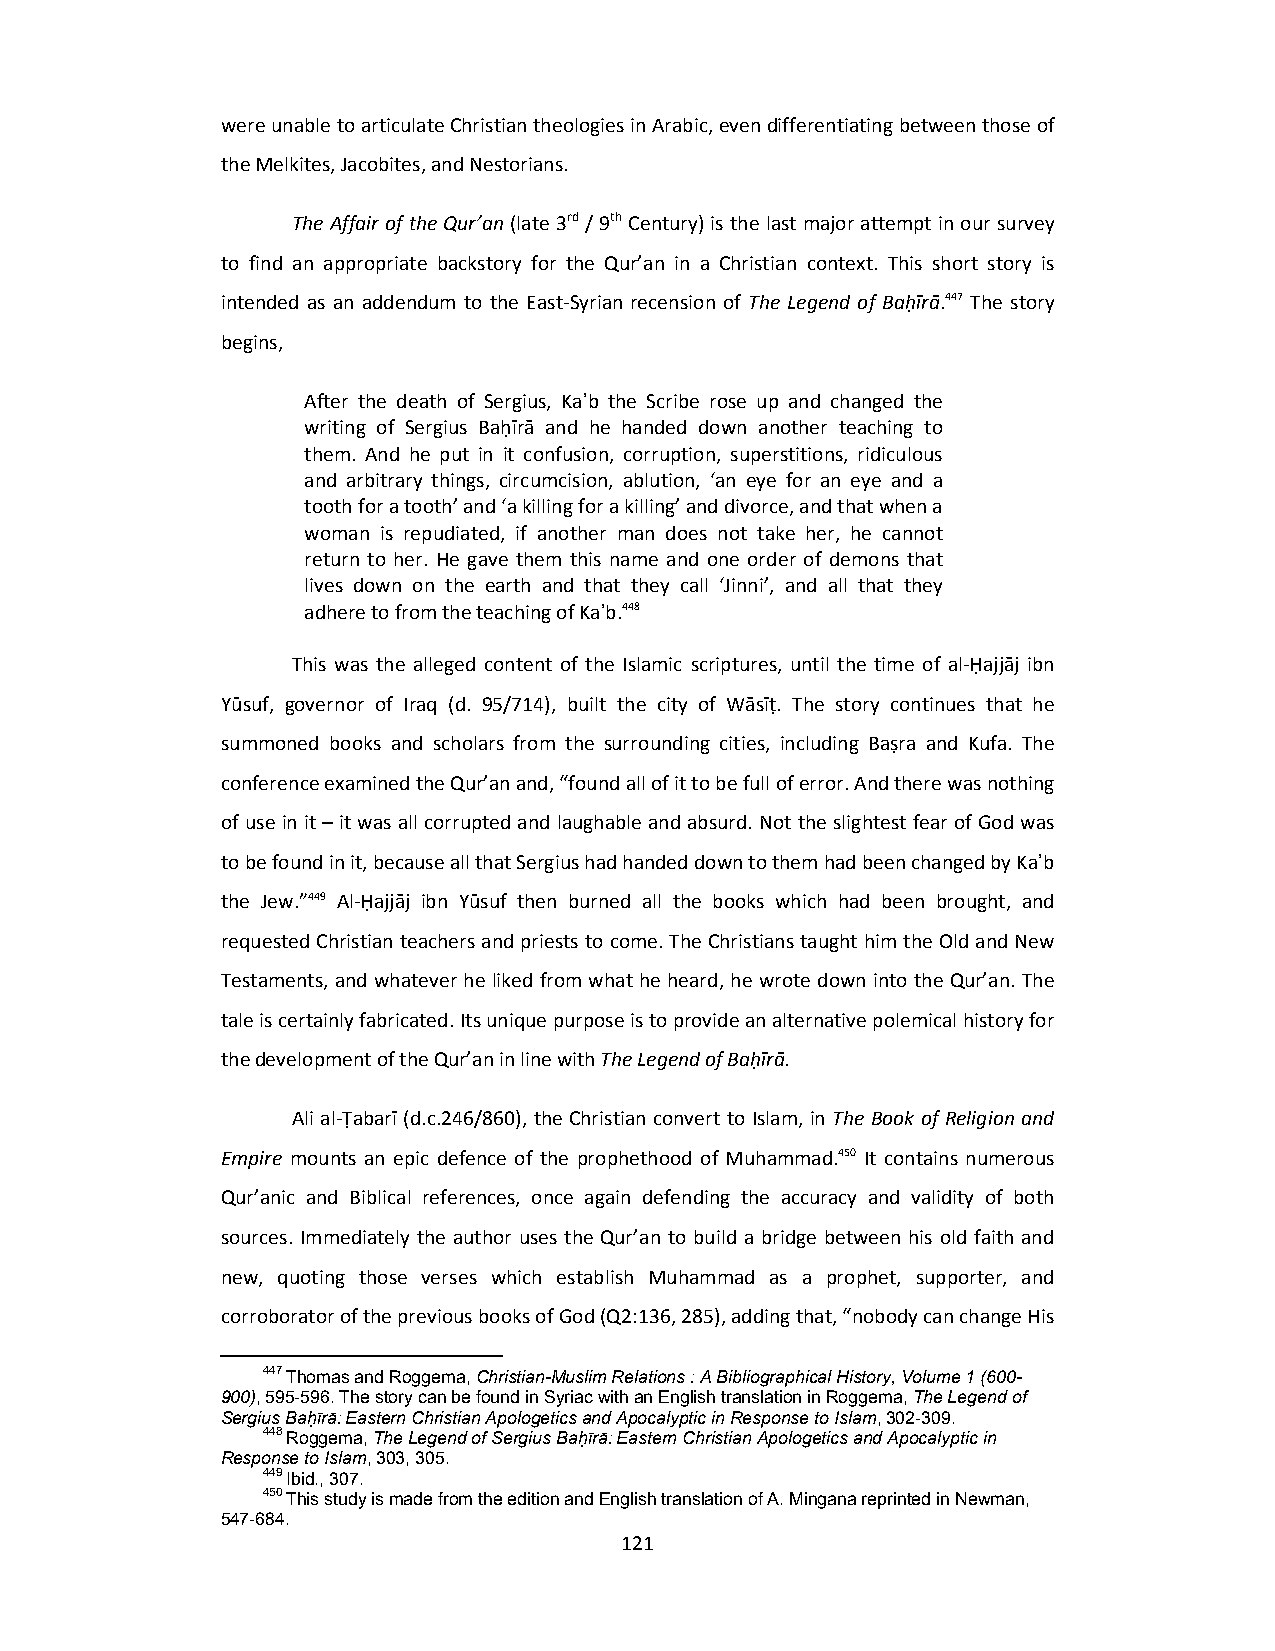
were unable to articulate Christian theologies in Arabic, even differentiating between those of
 the Melkites, Jacobites, and Nestorians.
 The Affair of the Qur’an (late 3rd / 9th Century) is the last major attempt in our survey
 to find an appropriate backstory for the Qur’an in a Christian context. This short story is
 intended as an addendum to the East‐Syrian recension of The Legend of Baḥīrā.447 The story
 begins,
 After the death of Sergius, Kaʾb the Scribe rose up and changed the
 writing of Sergius Baḥīrā and he handed down another teaching to
 them. And he put in it confusion, corruption, superstitions, ridiculous
 and arbitrary things, circumcision, ablution, ‘an eye for an eye and a
 tooth for a tooth’ and ‘a killing for a killing’ and divorce, and that when a
 woman is repudiated, if another man does not take her, he cannot
 return to her. He gave them this name and one order of demons that
 lives down on the earth and that they call ‘Jinni’, and all that they
 adhere to from the teaching of Kaʾb.448
 This was the alleged content of the Islamic scriptures, until the time of al‐Ḥajjāj ibn
 Yūsuf, governor of Iraq (d. 95/714), built the city of Wāsīṭ. The story continues that he
 summoned books and scholars from the surrounding cities, including Baṣra and Kufa. The
 conference examined the Qur’an and, “found all of it to be full of error. And there was nothing
 of use in it – it was all corrupted and laughable and absurd. Not the slightest fear of God was
 to be found in it, because all that Sergius had handed down to them had been changed by Kaʾb
 the Jew.”449 Al‐Ḥajjāj ibn Yūsuf then burned all the books which had been brought, and
 requested Christian teachers and priests to come. The Christians taught him the Old and New
 Testaments, and whatever he liked from what he heard, he wrote down into the Qur’an. The
 tale is certainly fabricated. Its unique purpose is to provide an alternative polemical history for
 the development of the Qur’an in line with The Legend of Baḥīrā.
 Ali al‐Ṭabarī (d.c.246/860), the Christian convert to Islam, in The Book of Religion and
 Empire mounts an epic defence of the prophethood of Muhammad.450 It contains numerous
 Qur’anic and Biblical references, once again defending the accuracy and validity of both
 sources. Immediately the author uses the Qur’an to build a bridge between his old faith and
 new, quoting those verses which establish Muhammad as a prophet, supporter, and
 corroborator of the previous books of God (Q2:136, 285), adding that, “nobody can change His
 447 Thomas and Roggema, Christian-Muslim Relations : A Bibliographical History, Volume 1 (600-
 900), 595-596. The story can be found in Syriac with an English translation in Roggema, The Legend of
 Sergius Baḥῑrā: Eastern Christian Apologetics and Apocalyptic in Response to Islam, 302-309.
 448 Roggema, The Legend of Sergius Baḥῑrā: Eastern Christian Apologetics and Apocalyptic in
 Response to Islam, 303, 305.
 449 Ibid., 307.
 450 This study is made from the edition and English translation of A. Mingana reprinted in Newman,
 547-684.
 121